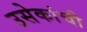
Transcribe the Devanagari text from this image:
उसेकांची